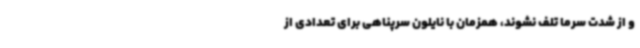
و از شدت سرما تلف نشوند، همزمان با نایلون سرپناهی برای تعدادی از